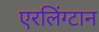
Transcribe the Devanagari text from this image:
एरलिंग्टान